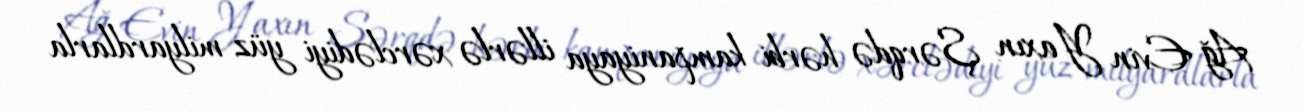
Ağ Evin Yaxın Şərqdə hərbi kampaniyaya illərlə xərclədiyi yüz milyardlarla